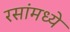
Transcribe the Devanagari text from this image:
रसांमध्ये